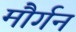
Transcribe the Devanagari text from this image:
मौर्गन